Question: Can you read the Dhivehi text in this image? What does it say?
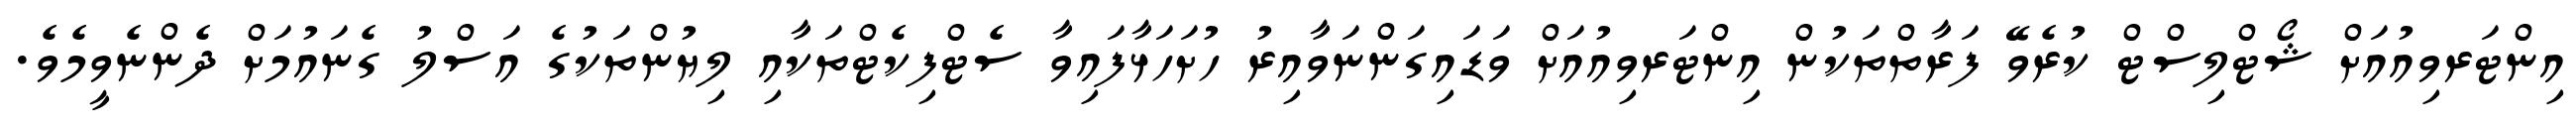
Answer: އިންޓަރވިއުއަށް ޝޯޓްލިސްޓް ކުރެވޭ ފަރާތްތަކުން އިންޓަރވިއުއަށް ވަޑައިގަންނަވާއިރު ހުށަހަޅާފައިވާ ސެޓްފިކެޓްތަކާއި ލިޔުންތަކުގެ އަސްލު ގެނައުމަށް ދެންނެވީމެވެ.